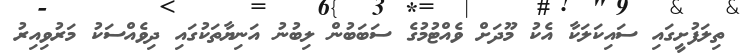
ތިލަފުށީގައި ސައިކަލަކާ އެކު މޫދަށް ވެއްޓުމުގެ ސަބަބުން ލިބުނު އަނިޔާތަކުގައި ދިވެއްސަކު މަރުވިއިރު